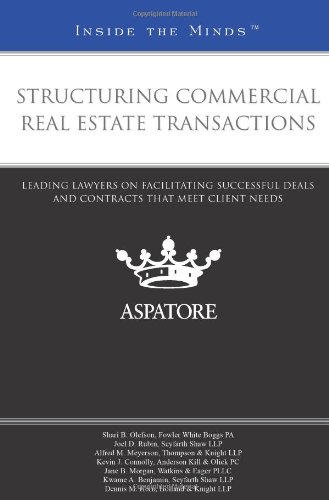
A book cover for Structuring Commercial Real Estate Transactions: Leading Lawyers on Facilitating Successful Deals and Contracts That Meet Client Needs (Inside the Minds); Multiple Authors; Business & Money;